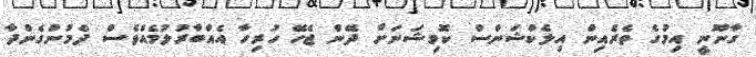
ގާނޫނީ އިމުގެ ތެރެއިން އިލެކްޝަންސް ކޮމިޝަނަށް ދޭން ޖެހޭ ހުރިހާ އެއްބާރުލުމެއްވެސް ދެމުންގެންދާ